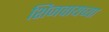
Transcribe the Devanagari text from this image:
शिजवायच्या